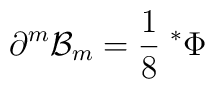
\partial^m {\cal B}_m = {1 \over 8} \; {}^* \Phi